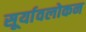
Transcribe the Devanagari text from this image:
सूर्यावलोकन